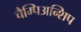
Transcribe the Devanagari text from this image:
चैम्पिअन्शिप